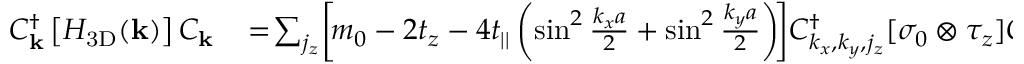
\begin{array} { r l } { C _ { { \bf k } } ^ { \dagger } \left[ { \cal H } _ { \mathrm { 3 D } } ( { \bf k } ) \right] C _ { { \bf k } } } & { { } \! = \! \sum _ { j _ { z } } \! \left[ \! m _ { 0 } - 2 t _ { z } - 4 t _ { | | } \left( \sin ^ { 2 } \frac { k _ { x } a } { 2 } + \sin ^ { 2 } \frac { k _ { y } a } { 2 } \right) \! \right] \! C _ { k _ { x } , k _ { y } , j _ { z } } ^ { \dagger } [ \sigma _ { 0 } \otimes \tau _ { z } ] C _ { k _ { x } , k _ { y } , j _ { z } } } \end{array}